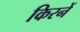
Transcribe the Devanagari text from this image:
किरनें